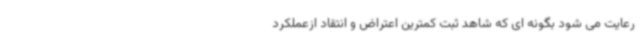
رعایت می شود بگونه ای که شاهد ثبت کمترین اعتراض و انتقاد ازعملکرد